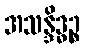
အသန္ဒိဒ္ဓဉ္စ